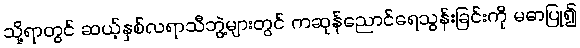
သို့ရာတွင် ဆယ့်နှစ်လရာသီဘွဲ့များတွင် ကဆုန်ညောင်ရေသွန်းခြင်းကို မဓာပြု၍